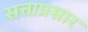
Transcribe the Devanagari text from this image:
सत्ताप्रसार